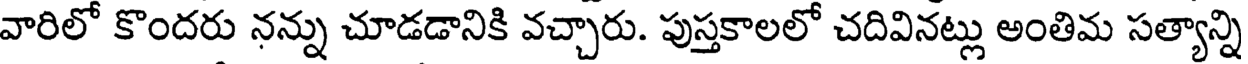
వారిలో కొందరు నన్ను చూడడానికి వచ్చారు. పుస్తకాలలో చదివినట్లు అంతిమ సత్యాన్ని